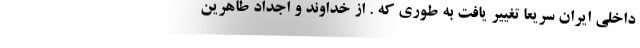
داخلی ایران سریعا تغییر یافت به طوری که . از خداوند و اجداد طاهرین